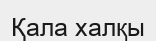
Қала халқы